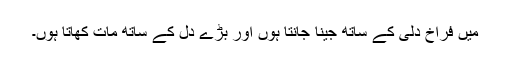
میں فراخ دلی کے ساتھ جینا جانتا ہوں اور بڑے دل کے ساتھ مات کھاتا ہوں۔